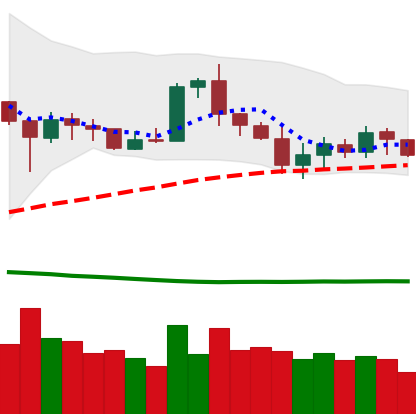
Ticker: ETH-USD
Chart end date: 2020-07-03
Forward return: 9.443%
Label: up_7plus